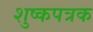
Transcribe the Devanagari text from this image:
शुष्कपत्रक